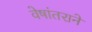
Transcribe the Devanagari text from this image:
वेषांतराने